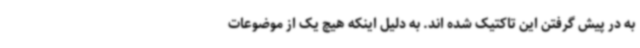
به در پیش گرفتن این تاکتیک شده اند. به دلیل اینکه هیچ یک از موضوعات